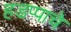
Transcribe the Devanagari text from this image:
हडप्पाचे